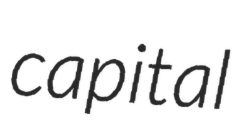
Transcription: capital